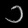
Digit: ၁